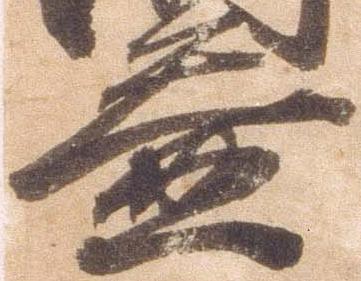
益